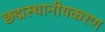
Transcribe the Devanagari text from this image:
छद्मस्थानीयकरण